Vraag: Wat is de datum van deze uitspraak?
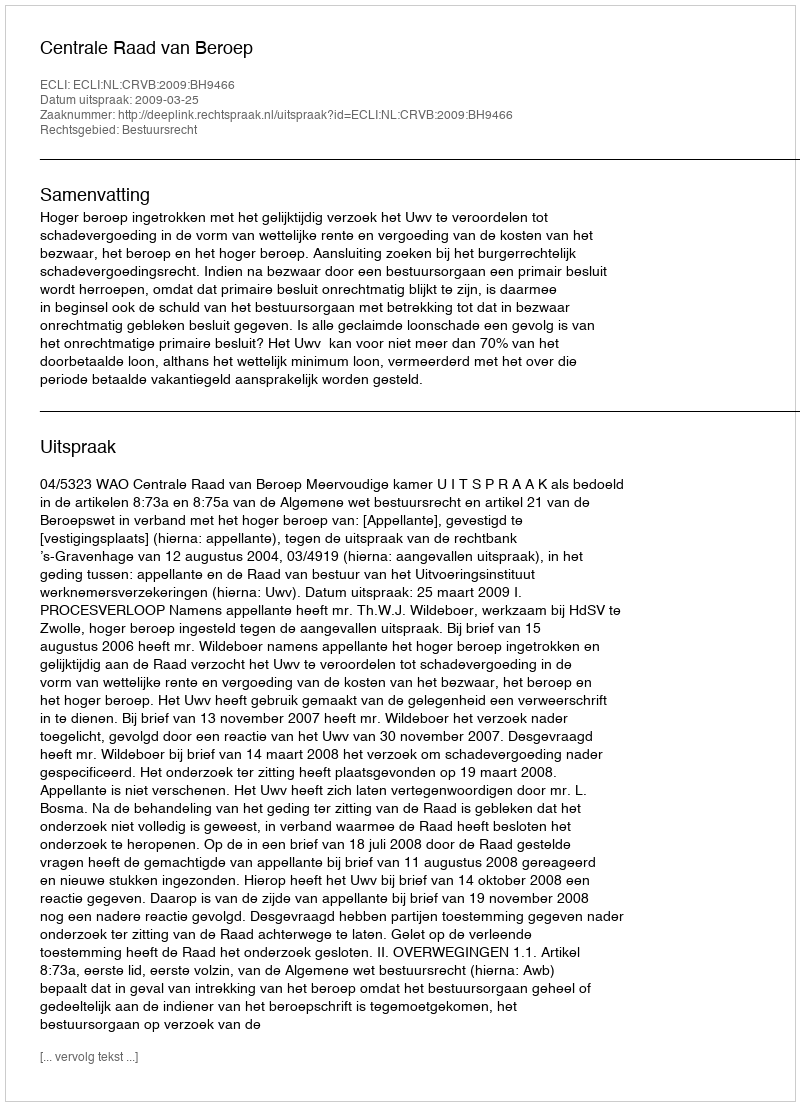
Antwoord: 2009-03-25